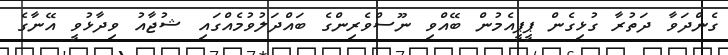
ގެންދަވާ ދަތުރާ ގުޅިގެން ޕީޕީއެމުން ބޭއްވި ނޫސްވެރިންގެ ބައްދަލުވުމެއްގައި ޝުޖާއު ވިދާޅުވީ އޭނާގެ